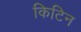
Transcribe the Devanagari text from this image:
किटिन